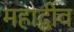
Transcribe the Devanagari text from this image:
महाद्वीव